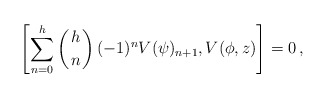
\begin{align*}\left[\sum_{n=0}^h\left({h\atop n}\right)(-1)^nV(\psi)_{n+1},V(\phi,z)\right]=0\,,\end{align*}